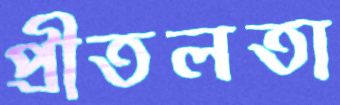
প্রীতলতা